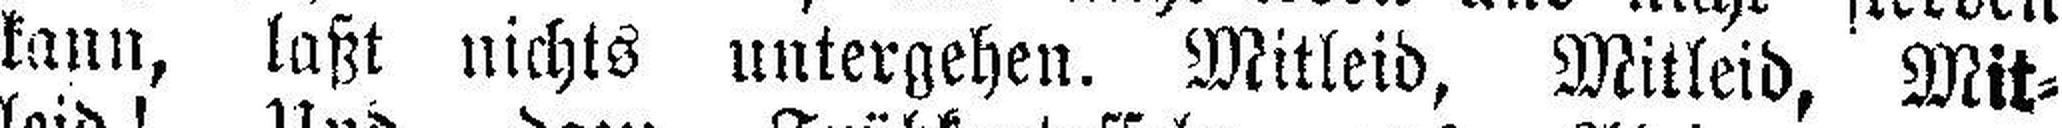
kann, laßt nichts untergehen. Mitleid, Mitleid, Mit¬